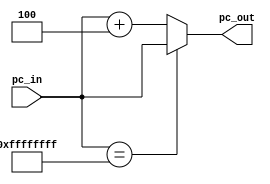
module ProgramCounter_add4(pc_in, pc_out);
	input [31:0] pc_in;
	output reg [31:0] pc_out;
	always @(pc_in) 
	begin
		if (pc_in == 32'hffffffff)
			pc_out = pc_in;
		else pc_out = pc_in + 4;
	end
endmodule